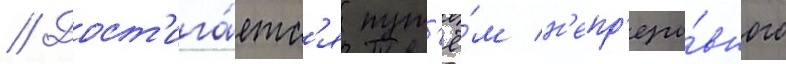
// Дост'ига́етс'я пут'ё́м н'епр'еры́вного